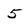
Character: 5